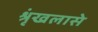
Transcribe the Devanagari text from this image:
श्रृंखलासे